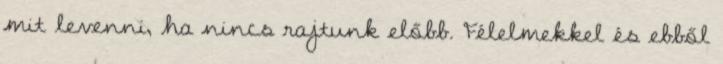
mit levenni, ha nincs rajtunk előbb. Félelmekkel és ebből